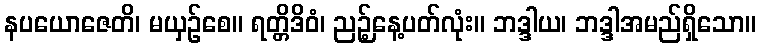
နပယောဇေတိ၊ မယှဉ်စေ။ ရတ္တိဒိဝံ၊ ညဉ့်နေ့ပတ်လုံး။ ဘဒ္ဒါယ၊ ဘဒ္ဒါအမည်ရှိသော။